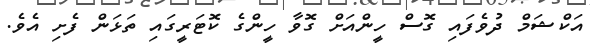
އަކްޝަމް ދުވެފައި ގޮސް ހީންއަށް ގޮވާ ހީންގެ ކޮޓަރީގައި ތަޅަން ފެށި އެވެ.